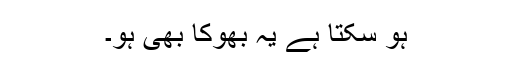
ہو سکتا ہے یہ بھوکا بھی ہو۔